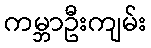
ကမ္ဘာဦးကျမ်း